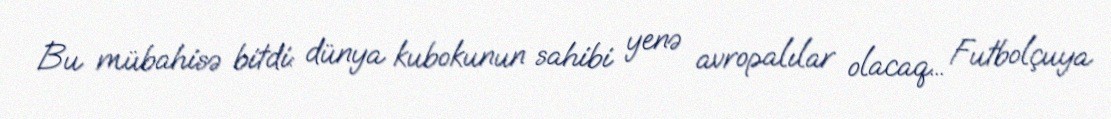
Bu mübahisə bitdi: dünya kubokunun sahibi yenə avropalılar olacaq... Futbolçuya